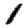
Digit: 1